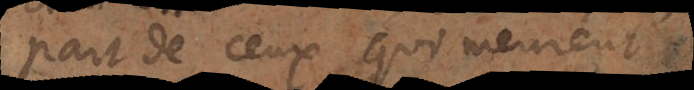
part de ceux qui meurent